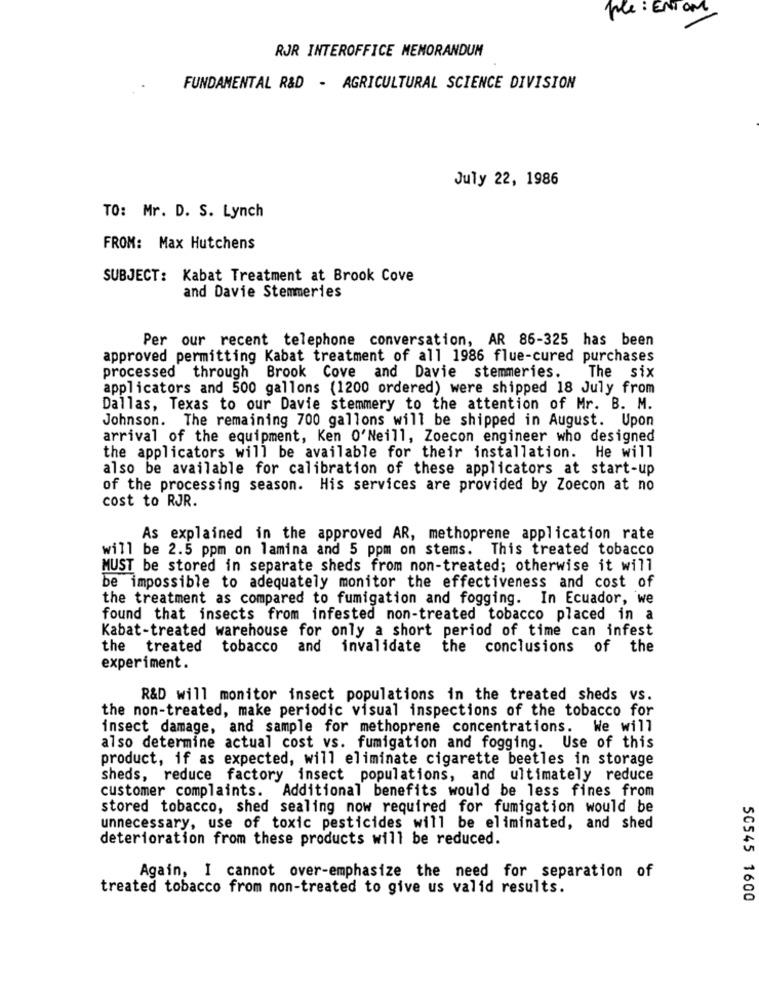
ple : ENTOM
RJR INTEROFFICE MEMORANDUM
FUNDAMENTAL R&D - AGRICULTURAL SCIENCE DIVISION
July 22, 1986
TO: Mr. D. S. Lynch
FROM: Max Hutchens
SUBJECT: Kabat Treatment at Brook Cove
and Davie Stemmeries
Per our recent telephone conversation, AR 86-325 has been
approved permitting Kabat treatment of all 1986 flue-cured purchases
processed through Brook Cove and Davie stemmeries.
The six
applicators and 500 gallons (1200 ordered) were shipped 18 July from
Dallas, Texas to our Davie stemmery to the attention of Mr. B. M.
Johnson. The remaining 700 gallons will be shipped in August. Upon
arrival of the equipment, Ken O'Neill, Zoecon engineer who designed
the applicators will be available for their installation. He will
also be available for calibration of these applicators at start-up
of the processing season. His services are provided by Zoecon at no
cost to RJR.
As explained in the approved AR, methoprene application rate
will be 2.5 ppm on lamina and 5 ppm on stems. This treated tobacco
MUST be stored in separate sheds from non-treated; otherwise it will
be impossible to adequately monitor the effectiveness and cost of
the treatment as compared to fumigation and fogging. In Ecuador, we
found that insects from infested non-treated tobacco placed in a
Kabat-treated warehouse for only a short period of time can infest
the treated tobacco and invalidate the conclusions of the
experiment.
R&D will monitor insect populations in the treated sheds vs.
the non-treated, make periodic visual inspections of the tobacco for
insect damage, and sample for methoprene concentrations. We will
also determine actual cost vs. fumigation and fogging. Use of this
product, if as expected, will eliminate cigarette beetles in storage
sheds, reduce factory insect populations, and ultimately reduce
customer complaints. Additional benefits would be less fines from
stored tobacco, shed sealing now required for fumigation would be
unnecessary, use of toxic pesticides will be eliminated, and shed
deterioration from these products will be reduced.
Again, I cannot over-emphasize the need for separation of
treated tobacco from non-treated to give us valid results.
50545 1600